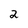
Character: 2